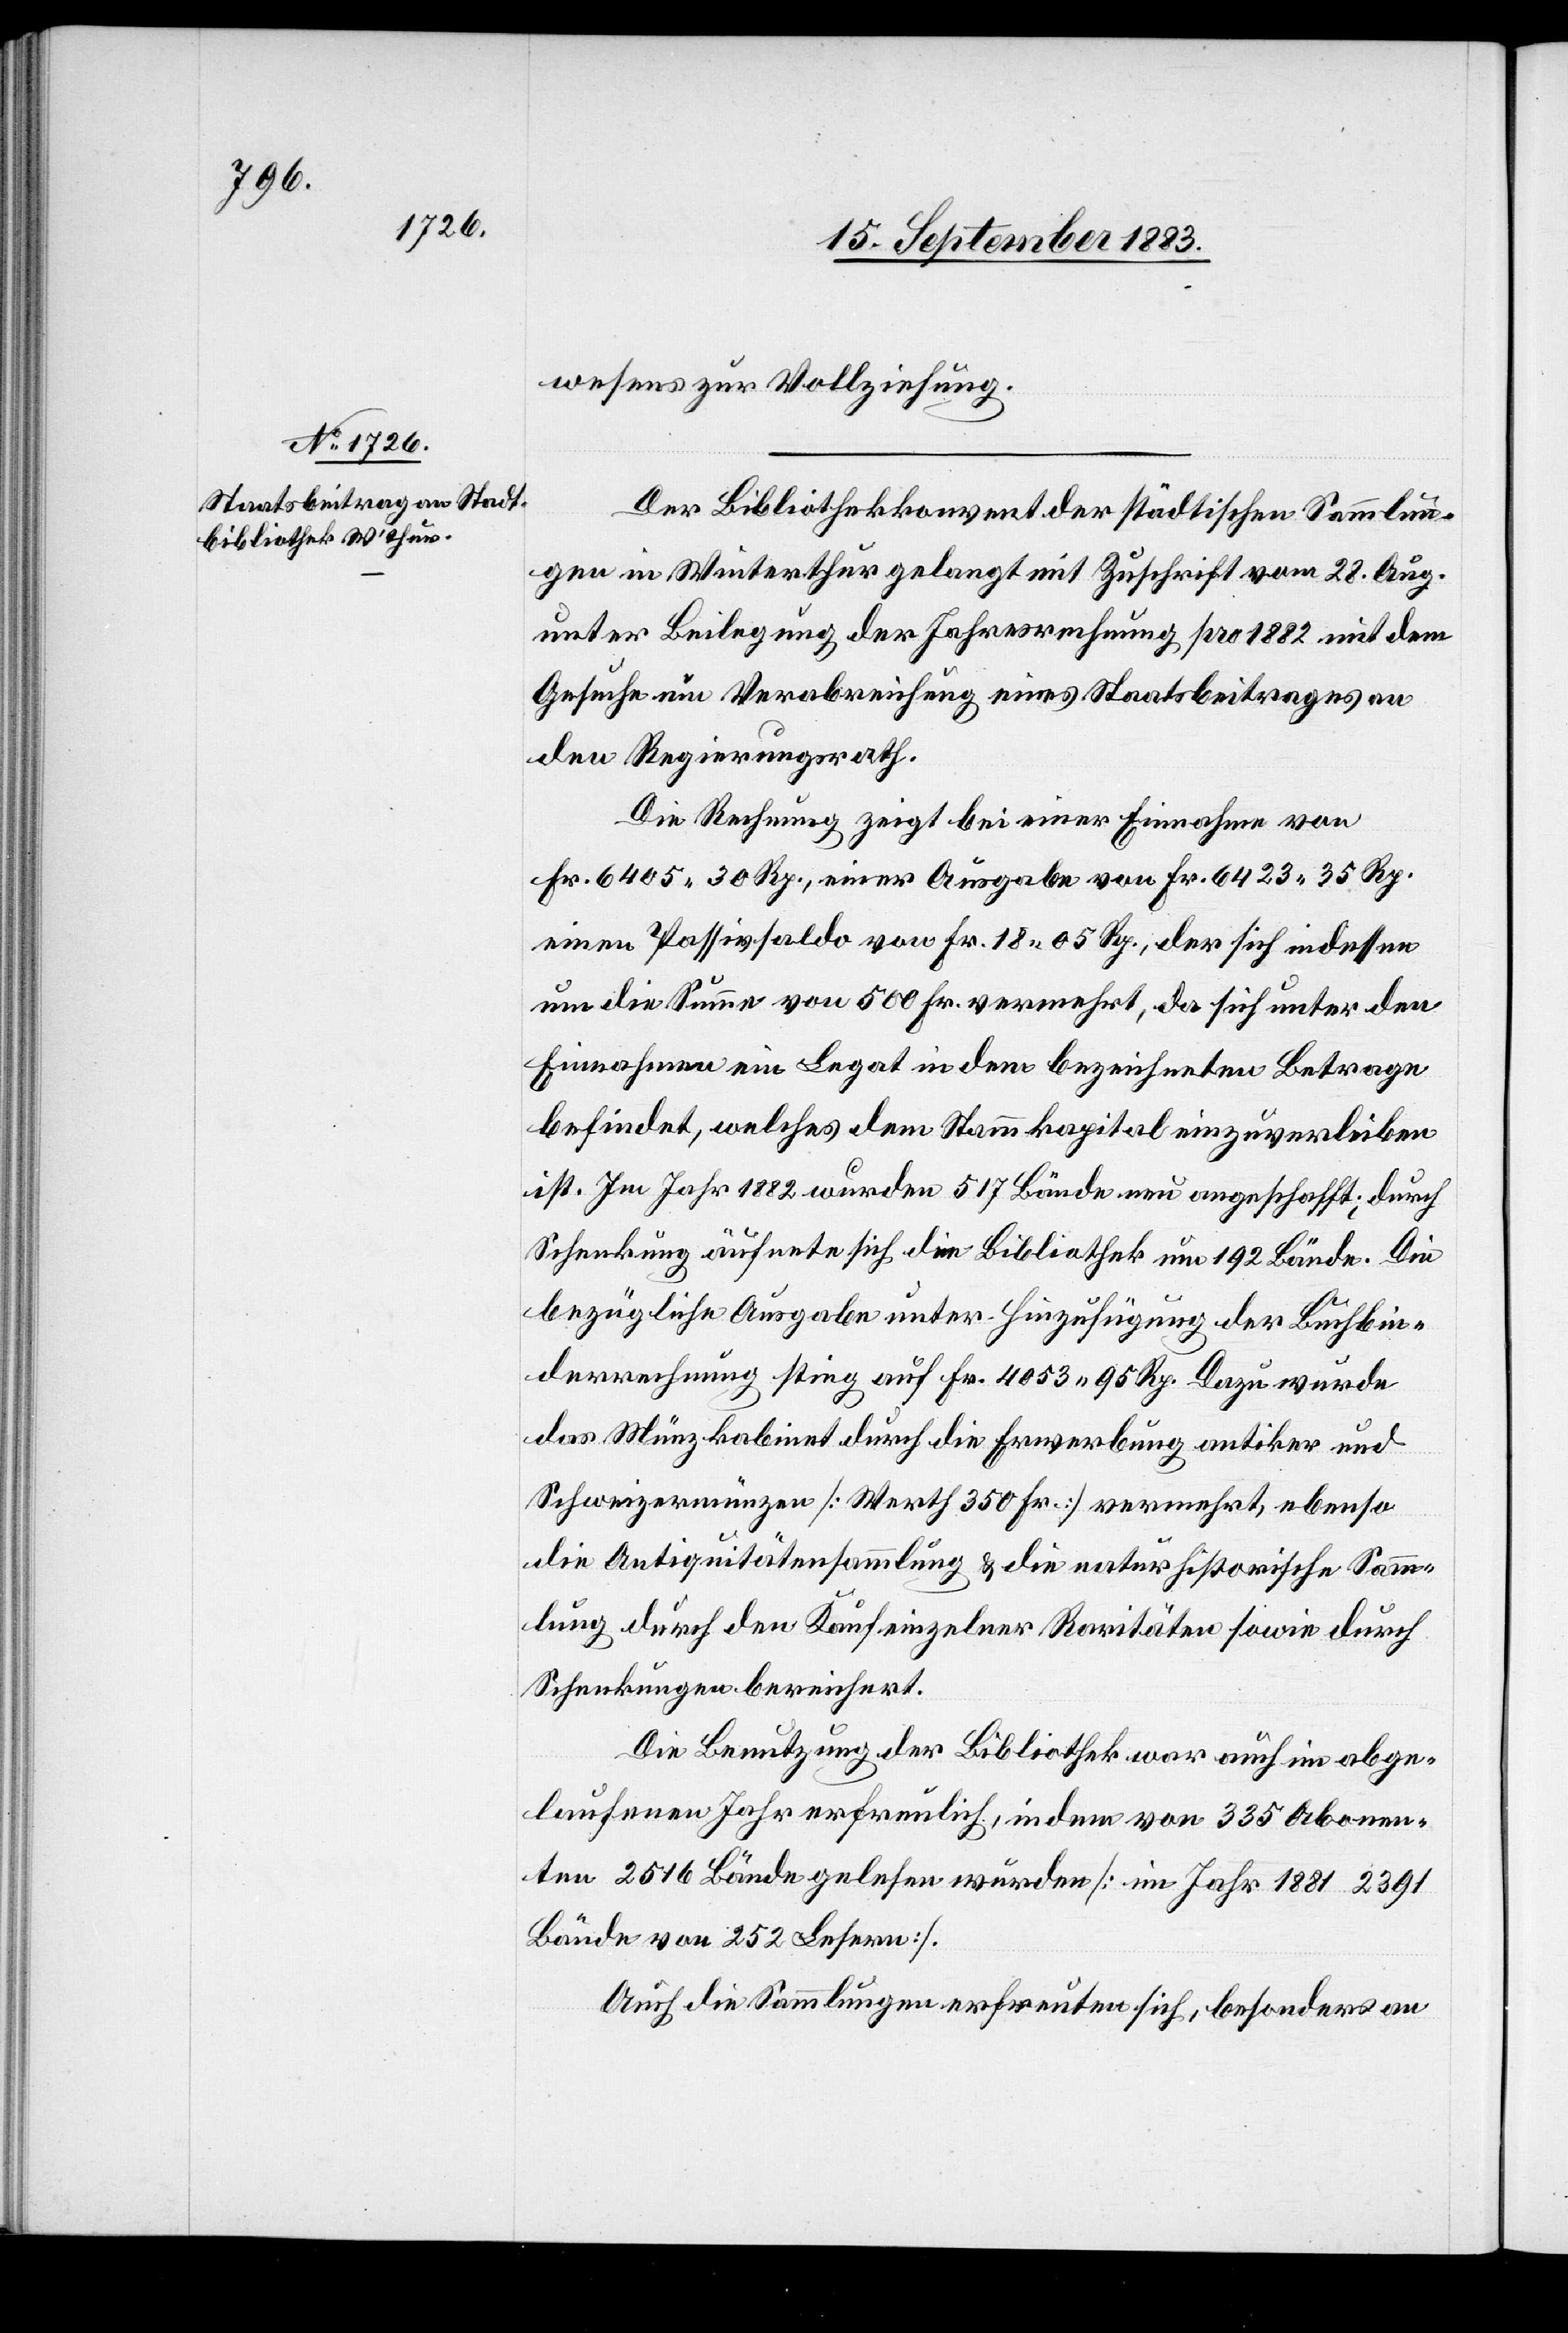
wesens zur Vollziehung.
Der Bibliothekkonvent der städtischen Sammlun¬
gen in Winterthur gelangt mit Zuschrift vom 28. Aug.
unter Beilegung der Jahresrechnung pro 1882 mit dem
Gesuche um Verabreichung eines Staatsbeitrages an
den Regierungsrath.
Die Rechnung zeigt bei einer Einnahme von
Fr. 6405 30 Rp., einer Ausgabe von Fr. 6423 35 Rp.
einen Passivsaldo von Fr. 18 05 Rp., der sich indessen
um die Summe von 500 Fr. vermehrt, da sich unter den
Einnahmen ein Legat in dem bezeichneten Betrage
befindet, welches dem Stammkapital einzuverleiben
ist. Im Jahr 1882 wurden 517 Bände angeschafft; durch
Schenkung äufnete sich die Bibliothek um 192 Bände. Die
bezügliche Ausgabe unter Hinzufügung der Buchbin¬
derrechnung stieg auf Fr. 4053 95 Rp. Dazu wurde
das Münzkabinet durch die Erwerbung antiker und
Schweizermünzen [Werth 350 Fr.] vermehrt, ebenso
die Antiquitätensammlung & die naturhistorische Samm¬
lung durch den Kauf einzelner Raritäten sowie durch
Schenkungen bereichert.
Die Benutzung der Bibliothek war auch im abge¬
laufenen Jahr erfreulich, indem von 335 Abonnen¬
ten 2516 Bände gelesen wurden [im Jahr 1881 2391
Bände von 252 Lesern].
Auch die Sammlungen erfreuten sich, besonders an